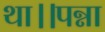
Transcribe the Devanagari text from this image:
था।।पन्ना